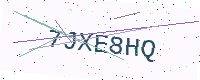
Text: 7JXE8HQ